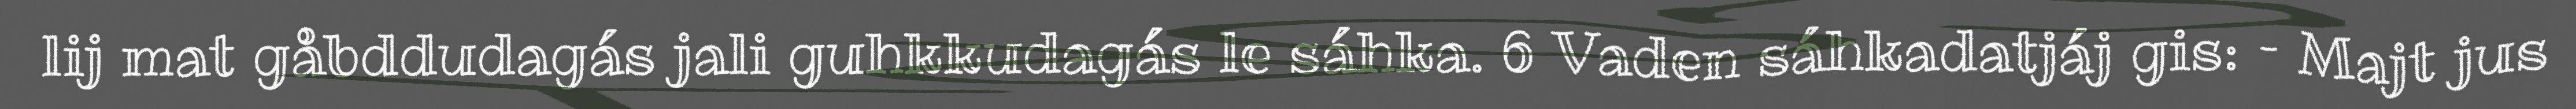
lij mat gåbddudagás jali guhkkudagás le sáhka. 6 Vaden sáhkadatjáj gis: – Majt jus